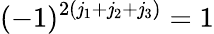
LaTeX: (-1)^{2(\mathit{j}_{1}+\mathit{j}_{2}+\mathit{j}_{3})}=1